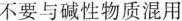
不要与碱性物质混用